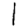
Digit: 1